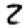
Digit: 2